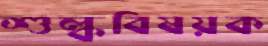
শুল্কবিষয়ক